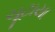
ચૂટાયા